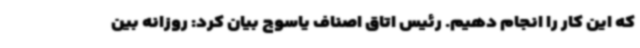
که این کار را انجام دهیم. رئیس اتاق اصناف یاسوج بیان کرد: روزانه بین